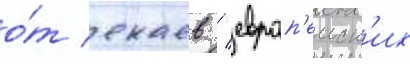
о́т екаев / европ'еиск'их